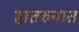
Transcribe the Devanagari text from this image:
हातरुनात